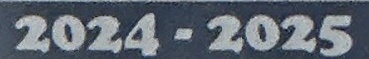
2024-2025